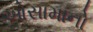
ઓસામાનો